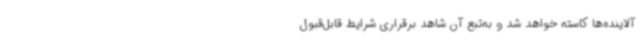
آلاینده‌ها کاسته خواهد شد و به‌تبع آن شاهد برقراری شرایط قابل‌قبول